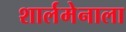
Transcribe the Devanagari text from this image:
शार्लमेनाला